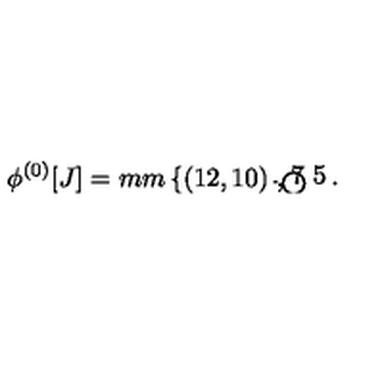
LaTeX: \phi ^ { ( 0 ) } [ J ] = \setlength { \unitlength } { 1 m m } \left\{ \begin{picture} { ( 1 2 , 1 0 ) \thicklines \put ( 6 , 1 ) { \circle { 8 } } \put ( 1 . 7 5 , 1 ) { \circle * { 1 } } } \\ \end{picture} \right. ,